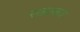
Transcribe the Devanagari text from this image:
सम्राजय